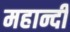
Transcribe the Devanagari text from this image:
महान्दी